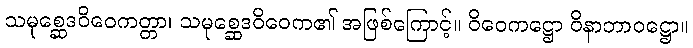
သမုစ္ဆေဒဝိဝေကတ္တာ၊ သမုစ္ဆေဒဝိဝေက၏ အဖြစ်ကြောင့်။ ဝိဝေကဋ္ဌော ဝိနာဘာဝဋ္ဌော။